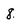
Character: 8